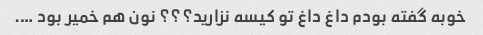
خوبه گفته بودم داغ داغ تو کیسه نزارید؟؟؟ نون هم خمیر بود ….